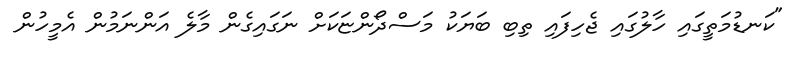
"ކަނޑުމަތީގައި ހާލުގައި ޖެހިފައި ތިބި ބަޔަކު މަސްދޯންޏަކަަށް ނަގައިގެން މާލެ އަންނަމުން އެމީހުން